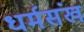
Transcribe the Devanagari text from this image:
धर्मसंख